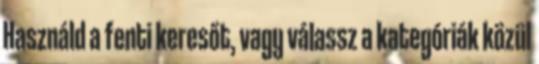
Használd a fenti keresőt, vagy válassz a kategóriák közül